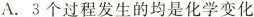
A.3个过程发生的均是化学变化